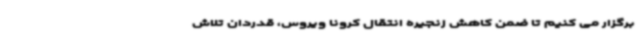
برگزار می کنیم تا ضمن کاهش زنجیره انتقال کرونا ویروس، قدردان تلاش